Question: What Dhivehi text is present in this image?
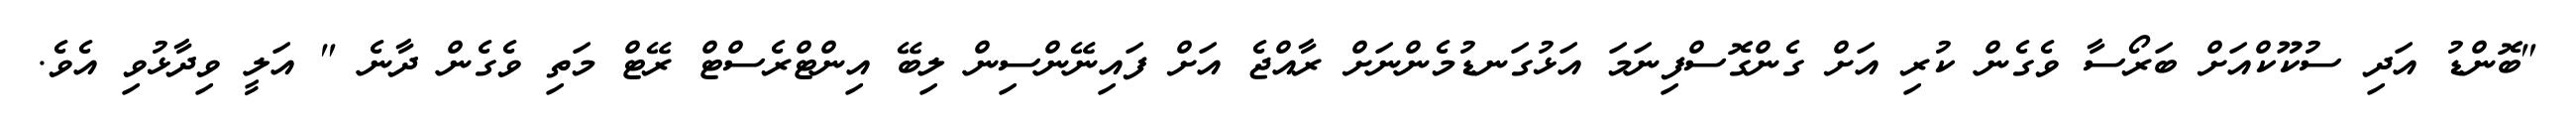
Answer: "ބޮންޑު އަދި ސުކޫކްއަށް ބަރޯސާ ވެގެން ކުރި އަށް ގެންގޮސްފިނަމަ އަޅުގަނޑުމެންނަށް ރާއްޖެ އަށް ފައިނޭންސިން ލިބޭ އިންޓްރެސްޓް ރޭޓް މަތި ވެގެން ދާނެ " އަލީ ވިދާޅުވި އެވެ.